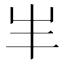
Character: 𡴀